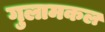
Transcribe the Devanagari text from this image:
गुलामकल